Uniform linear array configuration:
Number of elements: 24
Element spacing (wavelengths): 0.25
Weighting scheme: blackman
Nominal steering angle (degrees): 60
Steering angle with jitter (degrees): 58.079
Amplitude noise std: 0.05
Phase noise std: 0.05

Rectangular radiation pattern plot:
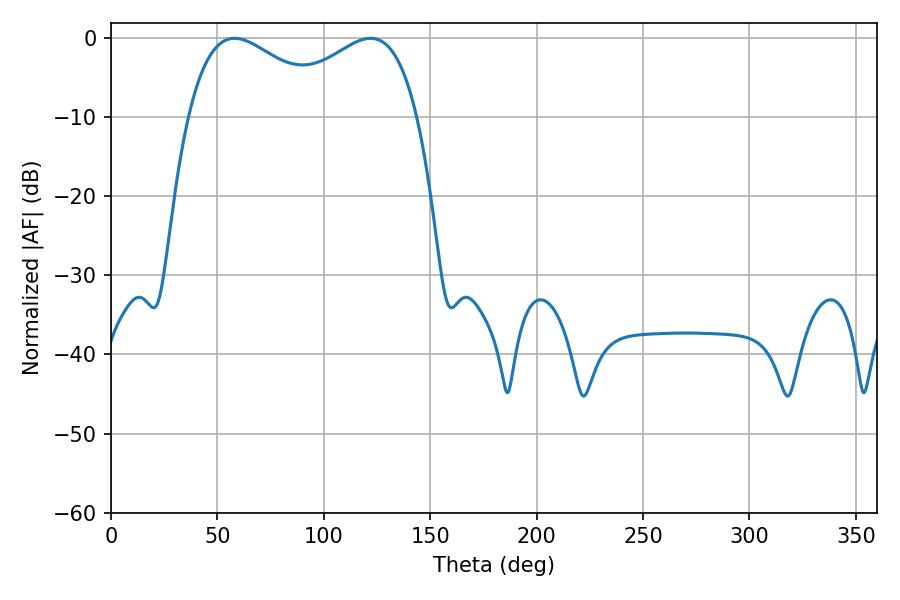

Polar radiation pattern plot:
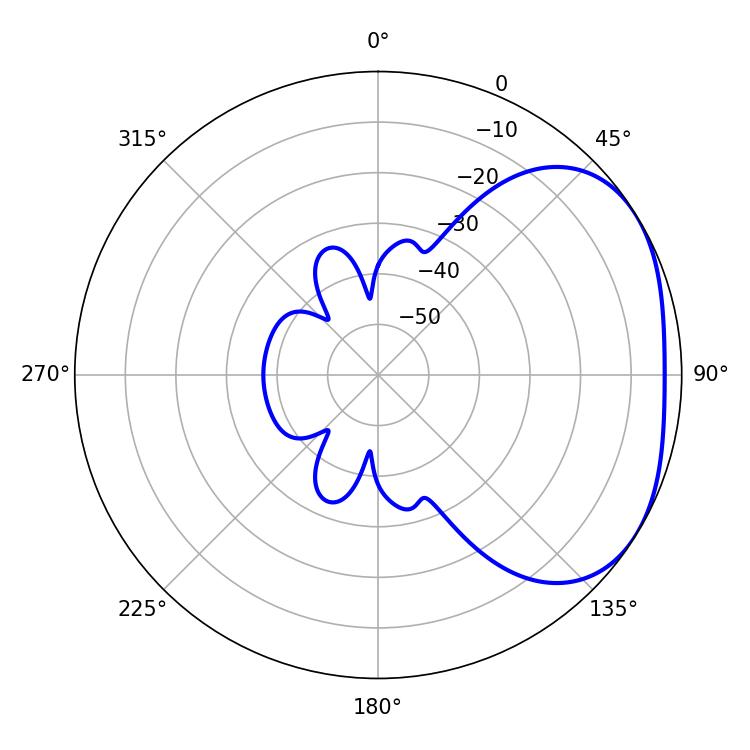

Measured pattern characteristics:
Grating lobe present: FALSE
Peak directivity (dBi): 2.679
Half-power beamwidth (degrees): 37.62
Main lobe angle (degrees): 57.96